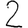
Digit: 2